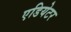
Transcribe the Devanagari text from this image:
एडियेटर